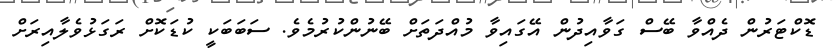
ޑޮކްޓަރުން ދެއްވާ ބޭސް ގަވާއިދުން އޭގައިވާ މުއްދަތަށް ބޭނުންކުރުމެވެ. ސަބަބަކީ ކުޑަކޮށް ރަގަޅުވެލާއިރަށް